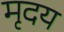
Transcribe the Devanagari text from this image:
मृदय